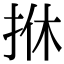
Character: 𢫩